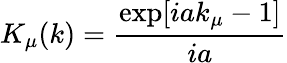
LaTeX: K_{\mu}(k)=\frac{\exp[iak_{\mu}-1]}{ia}